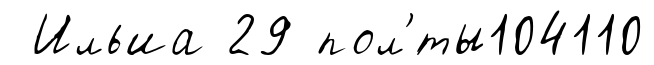
Ильиа 29 пол'́ты104110